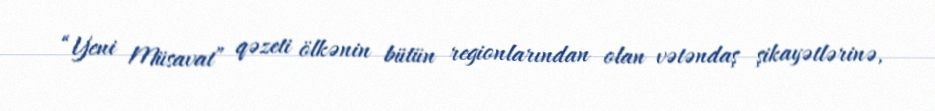
“Yeni Müsavat” qəzeti ölkənin bütün regionlarından olan vətəndaş şikayətlərinə,